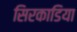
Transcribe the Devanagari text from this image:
सिरकाडिया